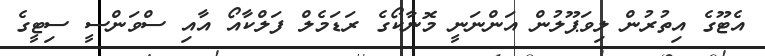
އެޓޫގެ އިތުރުން ލިވަޕޫލުން އަންނަނީ މޮނާކޯގެ ރަޑަމެލް ފަލްކާއޯ އާއި ސްވަންސީ ސިޓީގެ